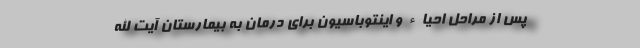
پس از مراحل احیاء و اینتوباسیون برای درمان به بیمارستان آیت الله